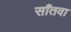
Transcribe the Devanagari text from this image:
साँतवा